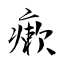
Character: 瘶